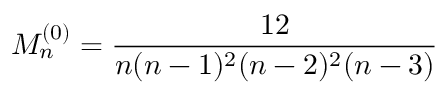
M _ { n } ^ { ( 0 ) } = \frac { 1 2 } { n ( n - 1 ) ^ { 2 } ( n - 2 ) ^ { 2 } ( n - 3 ) }